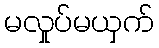
မလှုပ်မယှက်